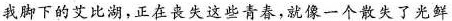
我脚下的艾比湖，正在丧失这些青春，就像一个散失了光鲜